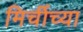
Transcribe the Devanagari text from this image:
मिर्चीच्या